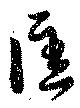
匡